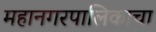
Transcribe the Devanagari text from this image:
महानगरपालिकाचा